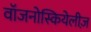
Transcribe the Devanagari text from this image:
वॉजनोस्कियेलीज़